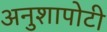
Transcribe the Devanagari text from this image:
अनुशापोटी